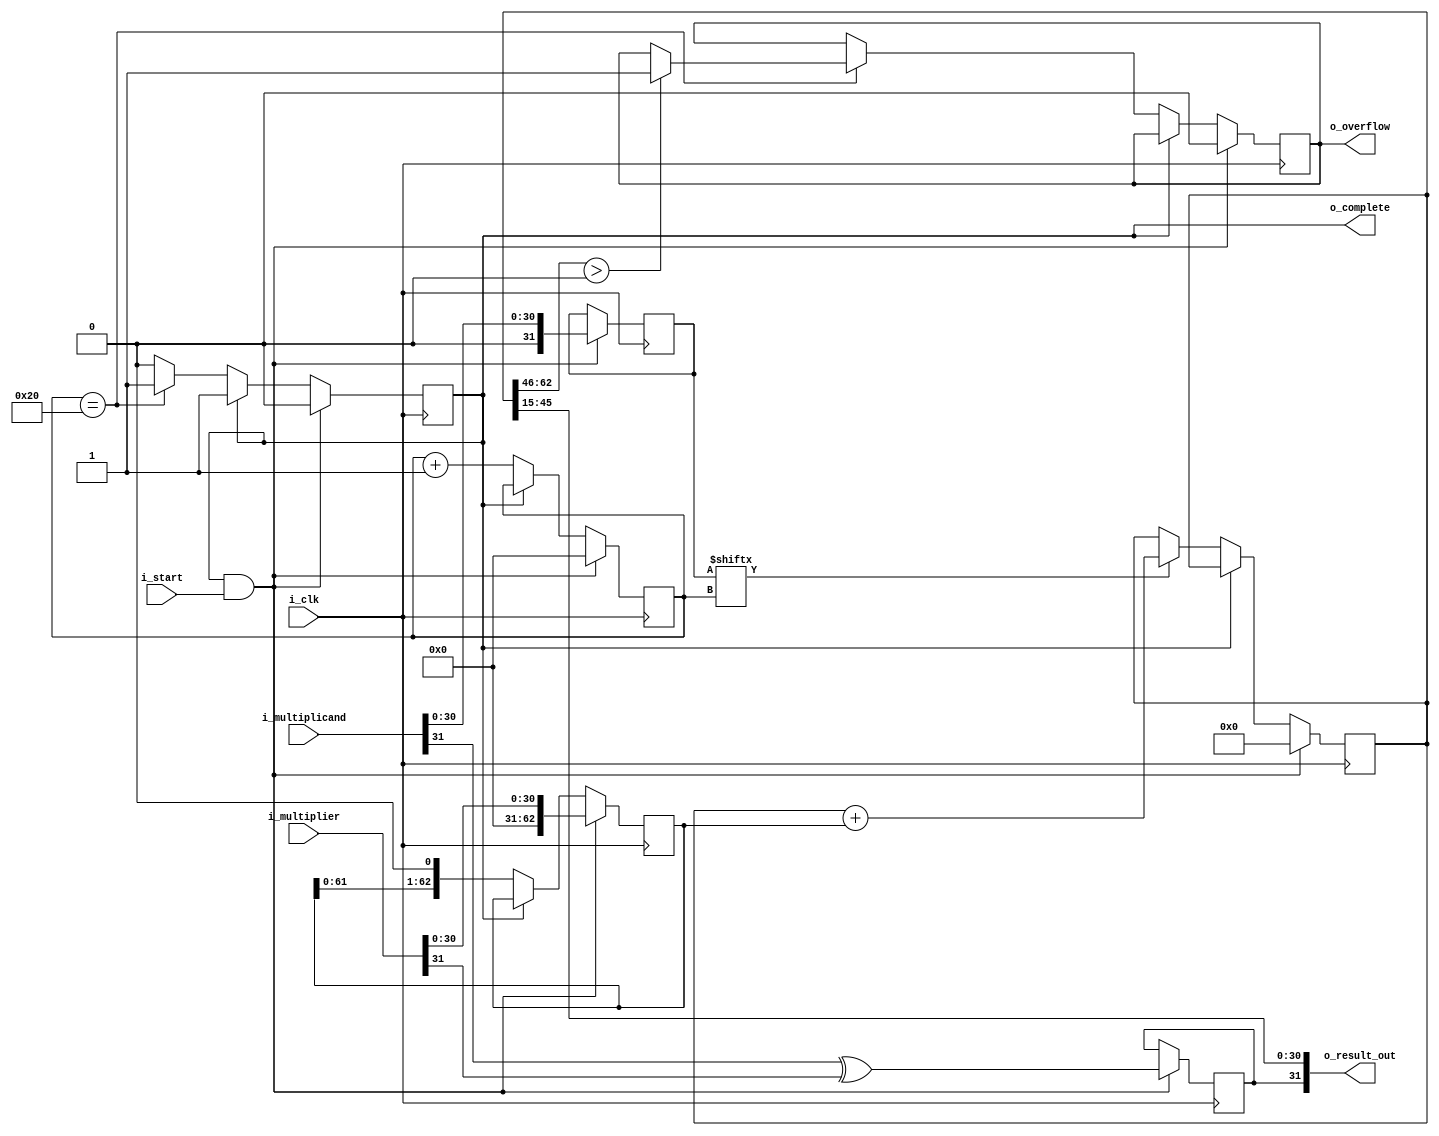
module qmults#(
	//Parameterized values
	parameter Q = 15,
	parameter N = 32
	)
	(
	input 	[N-1:0]  i_multiplicand,
	input 	[N-1:0]	i_multiplier,
	input 	i_start,
	input 	i_clk,
	output 	[N-1:0] o_result_out,
	output 	o_complete,
	output	o_overflow
	);

	reg [2*N-2:0]	reg_working_result;		//	a place to accumulate our result
	reg [2*N-2:0]	reg_multiplier_temp;		//	a working copy of the multiplier
	reg [N-1:0]		reg_multiplicand_temp;	//	a working copy of the umultiplicand
	
	reg [N-1:0] 			reg_count; 		//	This is obviously a lot bigger than it needs to be, as we only need 
												//		count to N, but computing that number of bits requires a 
												//		logarithm (base 2), and I don't know how to do that in a 
												//		way that will work for every possibility
										 
	reg					reg_done;		//	Computation completed flag
	reg					reg_sign;		//	The result's sign bit
	reg					reg_overflow;	//	Overflow flag
 
	initial reg_done = 1'b1;			//	Initial state is to not be doing anything
	initial reg_overflow = 1'b0;		//		And there should be no woverflow present
	initial reg_sign = 1'b0;			//		And the sign should be positive
	
	assign o_result_out[N-2:0] = reg_working_result[N-2+Q:Q];	//	The multiplication results
	assign o_result_out[N-1] = reg_sign;								//	The sign of the result
	assign o_complete = reg_done;											//	"Done" flag
	assign o_overflow = reg_overflow;									//	Overflow flag
	
	always @( posedge i_clk ) begin
		if( reg_done && i_start ) begin										//	This is our startup condition
			reg_done <= 1'b0;														//	We're not done			
			reg_count <= 0;														//	Reset the count
			reg_working_result <= 0;											//	Clear out the result register
			reg_multiplier_temp <= 0;											//	Clear out the multiplier register 
			reg_multiplicand_temp <= 0;										//	Clear out the multiplicand register 
			reg_overflow <= 1'b0;												//	Clear the overflow register

			reg_multiplicand_temp <= i_multiplicand[N-2:0];				//	Load the multiplicand in its working register and lose the sign bit
			reg_multiplier_temp <= i_multiplier[N-2:0];					//	Load the multiplier into its working register and lose the sign bit

			reg_sign <= i_multiplicand[N-1] ^ i_multiplier[N-1];		//	Set the sign bit
			end 

		else if (!reg_done) begin
			if (reg_multiplicand_temp[reg_count] == 1'b1)								//	if the appropriate multiplicand bit is 1
				reg_working_result <= reg_working_result + reg_multiplier_temp;	//		then add the temp multiplier
	
			reg_multiplier_temp <= reg_multiplier_temp << 1;						//	Do a left-shift on the multiplier
			reg_count <= reg_count + 1;													//	Increment the count

			//stop condition
			if(reg_count == N) begin
				reg_done <= 1'b1;										//	If we're done, it's time to tell the calling process
				if (reg_working_result[2*N-2:N-1+Q] > 0)			// Check for an overflow
					reg_overflow <= 1'b1;
//			else
//				reg_count <= reg_count + 1;													//	Increment the count
				end
			end
		end
endmodule